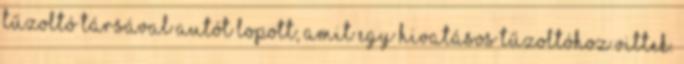
tűzoltó társával autót lopott, amit egy hivatásos tűzoltóhoz vittek.